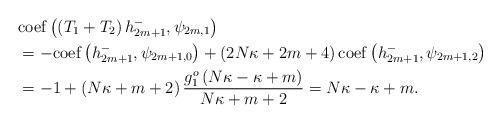
LaTeX: \begin{align*}& \mathrm{coef}\left( \left( T_{1}+T_{2}\right) h_{2m+1}^{-},\psi_{2m,1}\right) \\& =-\mathrm{coef}\left( h_{2m+1}^{-},\psi_{2m+1,0}\right) +\left(2N\kappa+2m+4\right) \mathrm{coef}\left( h_{2m+1}^{-},\psi_{2m+1,2}\right)\\& =-1+\left( N\kappa+m+2\right) \frac{g_{1}^{o}\left( N\kappa-\kappa+m\right) }{N\kappa+m+2}=N\kappa-\kappa+m.\end{align*}